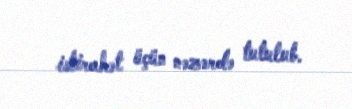
istirahət üçün nəzərdə tutulub.